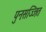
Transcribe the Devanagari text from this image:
पुनःसज्जित